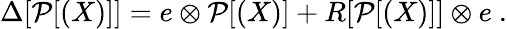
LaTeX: \Delta[\mathcal{P}[(X)]]=e\otimes\mathcal{P}[(X)]+R[\mathcal{P}[(X)]]\otimes e~.